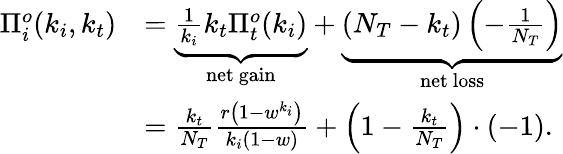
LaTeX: \begin{array}{rl}{\Pi_{i}^{o}(k_{i},k_{t})}&{=\underbrace{\frac{1}{k_{i}}k_{t}\Pi_{t}^{o}(k_{i})}_{\mathrm{net~gain}}+\underbrace{\left(N_{T}-k_{t}\right)\left(-\frac{1}{N_{T}}\right)}_{\mathrm{net~loss}}}\\ &{=\frac{k_{t}}{N_{T}}\frac{r\left(1-w^{k_{i}}\right)}{k_{i}(1-w)}+\left(1-\frac{k_{t}}{N_{T}}\right)\cdot(-1).}\end{array}